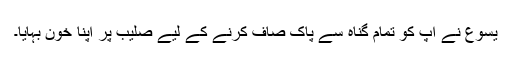
یسوع نے آپ کو تمام گناہ سے پاک صاف کرنے کے لیے صلیب پر اپنا خون بہایا۔